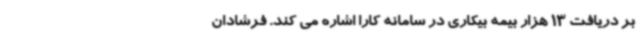
بر دریافت 13 هزار بیمه بیکاری در سامانه کارا اشاره می کند. فرشادان